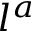
l ^ { a }